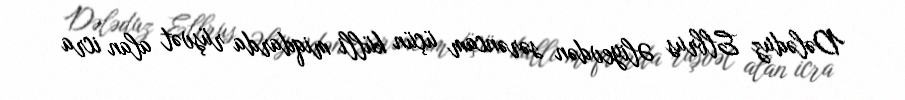
Dələduz Elbrus Əliyevdən sərəncam üçün külli miqdarda rüşvət alan icra